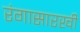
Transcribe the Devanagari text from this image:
रंगासारखी